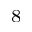
^ 8